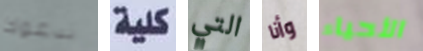
ندعوك كلية التي وأنا الأحياء